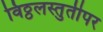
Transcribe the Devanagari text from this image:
विठ्ठलस्तुतीपर